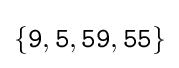
\{{\texttt {9}},{\texttt {5}},{\texttt {59}},{\texttt {55}}\}